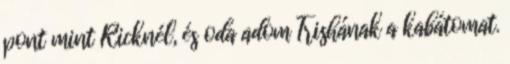
pont mint Ricknél, és oda adom Trishának a kabátomat.